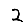
Digit: 2